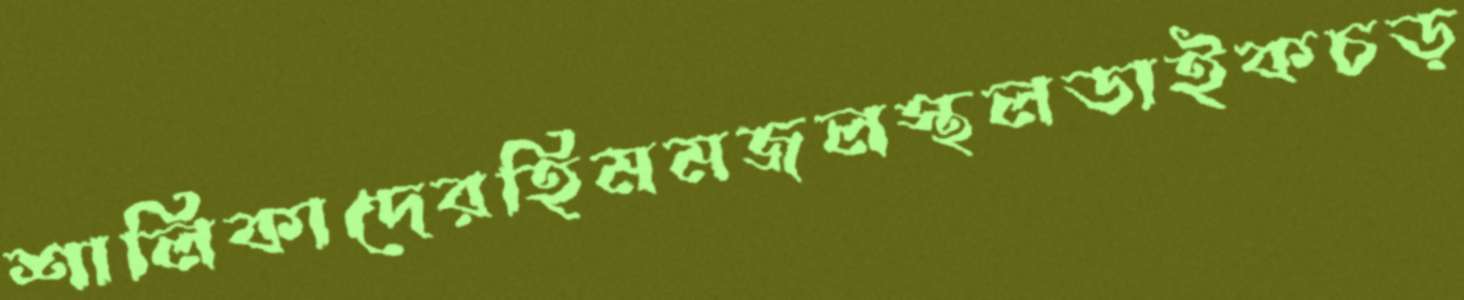
শালিকাদেরহিমমজলস্থলডাইকচড়